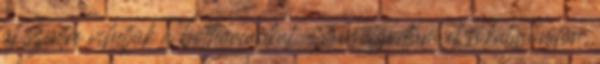
új szintre vihetjük a botharcunkat – mosolyodtam el sokatmondón,